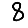
Digit: 8